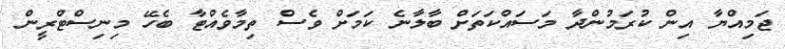
ޖަމިއްޔާ އިން ކުރަމުންދާ މަސައްކަތަށް ބާލާނެ ކަމަށް ވެސް ތިމާވެއްޓާ ބެހޭ މިނިސްޓްރީން